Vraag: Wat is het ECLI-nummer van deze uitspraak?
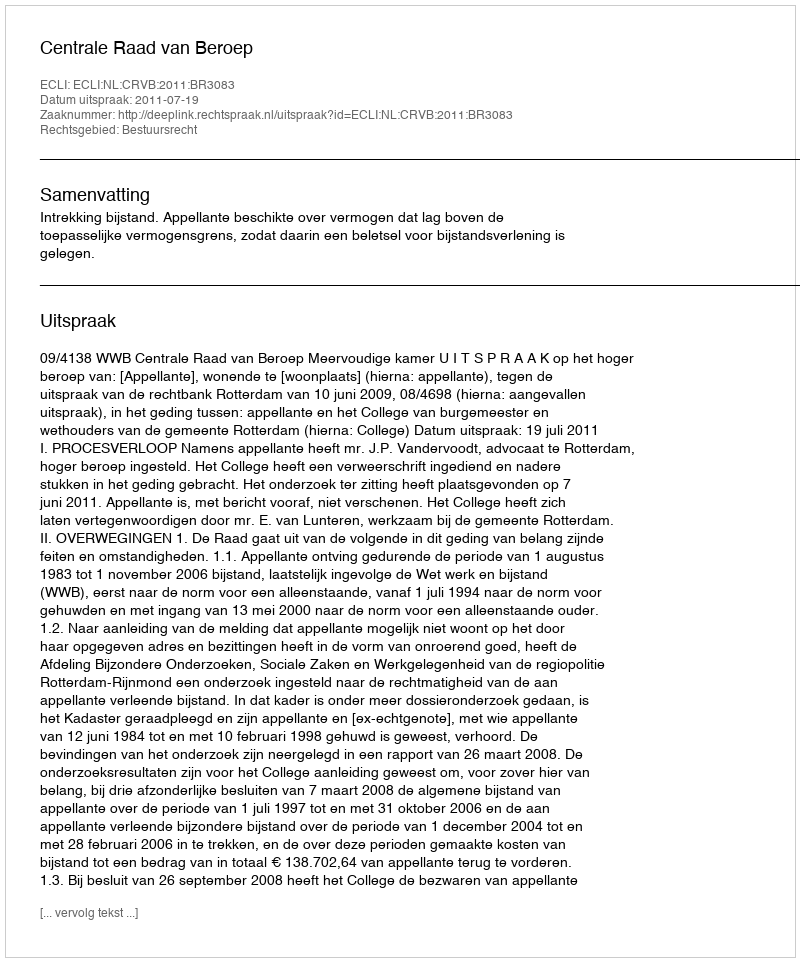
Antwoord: ECLI:NL:CRVB:2011:BR3083